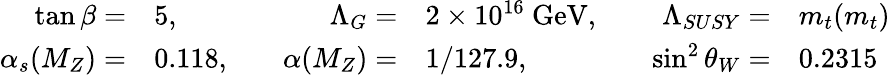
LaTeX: \begin{array}{rlrlrl}{{\tan\beta=}}&{{5,}}&{{\Lambda_{G}=}}&{{2\times 10^{16}\ \mathrm{GeV},\quad}}&{{\Lambda_{SUSY}=}}&{{m_{t}(m_{t})}}\\ {{\alpha_{s}(M_{Z})=}}&{{0.118,\quad}}&{{\alpha(M_{Z})=}}&{{1/127.9,}}&{{\sin^{2}\theta_{W}=}}&{{0.2315}}\end{array}